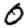
Digit: 0